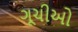
ગૂચીઓ